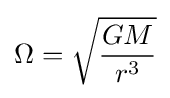
\Omega ={\sqrt {\frac {GM}{r^{3}}}}